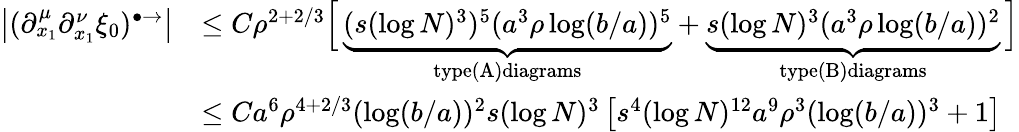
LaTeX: \begin{array}{rl}{\left\vert(\partial_{x_{1}}^{\mu}\partial_{x_{1}}^{\nu}\xi_{0})^{\bullet\rightarrow}\right\vert}&{\leq C\rho^{2+2/3}\Bigl[\, \underbrace{(s(\log N)^{3})^{5}(a^{3}\rho\log(b/a))^{5}}_{\textnormal{type(A)diagrams}}+\underbrace{s(\log N)^{3}(a^{3}\rho\log(b/a))^{2}}_{\textnormal{type(B)diagrams}}\, \Bigr]}\\ &{\leq Ca^{6}\rho^{4+2/3}(\log(b/a))^{2}s(\log N)^{3}\left[s^{4}(\log N)^{12}a^{9}\rho^{3}(\log(b/a))^{3}+1\right]}\end{array}